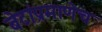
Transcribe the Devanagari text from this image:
बेटांप्रमाणेच